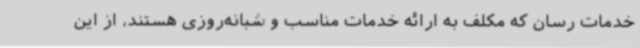
خدمات رسان که مکلف به ارائه خدمات مناسب و شبانه‌روزی هستند، از این